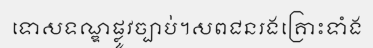
ទោសទណ្ឌផ្លូវច្បាប់។សពជនរងគ្រោះទាំង